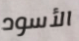
الأسود